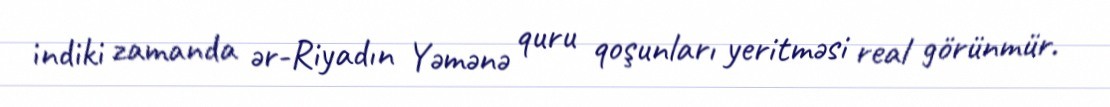
indiki zamanda ər-Riyadın Yəmənə quru qoşunları yeritməsi real görünmür.